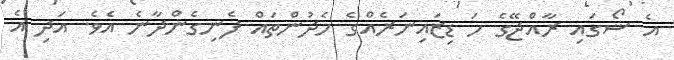
އެ ޝޯގައި ރާއްޖޭގެ ހަ ޑިޒައިނަރެއްގެ ހެދުންތައް ފެނިގެންދާނެ އެވެ. އަދި އެ